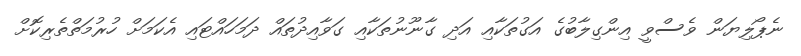
ނެޕޯލިޔަން ވެސްވީ އިންގިލާބުގެ އަގުތަކާއި އަދި ގާނޫނުތަކާއި ގަވާއިދުތައް ދަމަހައްޓައި އެކަމަށް ހުރުމަތްތެރިކޮށް